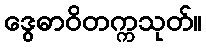
ဒွေဓာဝိတက္ကသုတ်။